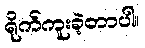
ရိုက်ကူးခဲ့တာပါ။